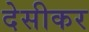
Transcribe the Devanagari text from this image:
देसीकर